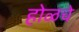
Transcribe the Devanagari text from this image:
होळचे